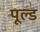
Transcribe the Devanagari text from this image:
पूल्ड